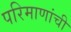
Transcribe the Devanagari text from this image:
परिमाणांची